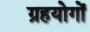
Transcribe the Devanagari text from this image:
ग्रहयोगों